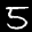
Label: 5